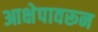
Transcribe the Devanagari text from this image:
आक्षेपावरून